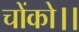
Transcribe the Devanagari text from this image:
चोंको।।